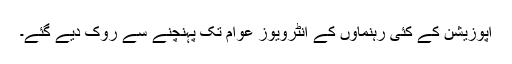
اپوزیشن کے کئی رہنماؤں کے انٹرویوز عوام تک پہنچنے سے روک دیے گئے۔